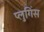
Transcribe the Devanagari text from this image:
प्लुगिंस